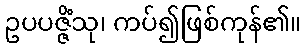
ဥပပဇ္ဇိံသု၊ ကပ်၍ဖြစ်ကုန်၏။